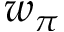
w _ { \pi }